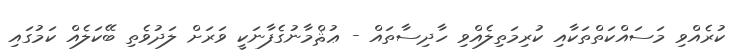
ކުރެއްވި މަސައްކަތްތަކާއި ކުރިމަތިލެއްވި ހާދިސާތައް - ޢުޘްމާނުގެފާނަކީ ވަރަށް ލަދުވެތި ބޭކަލެއް ކަމުގައި